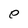
Character: e